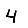
Digit: 4